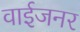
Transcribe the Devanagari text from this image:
वाईजनर